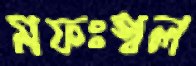
মফঃস্বল